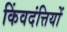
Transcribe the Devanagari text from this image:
किंवदंत्तियों